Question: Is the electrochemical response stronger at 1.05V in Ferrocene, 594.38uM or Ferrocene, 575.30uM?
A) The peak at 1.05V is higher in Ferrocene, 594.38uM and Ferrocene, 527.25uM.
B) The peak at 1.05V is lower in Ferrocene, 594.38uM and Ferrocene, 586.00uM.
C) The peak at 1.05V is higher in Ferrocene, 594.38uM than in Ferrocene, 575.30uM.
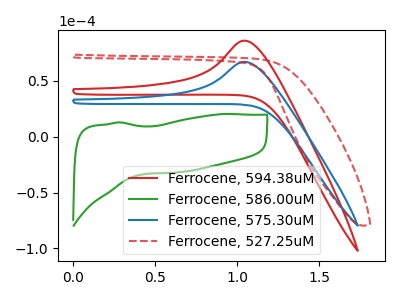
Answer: <think>The red curve "Ferrocene, 594.38uM" has an anodic peak at: (1.05V, 86.10uA). The green curve "Ferrocene, 586.00uM" has no peaks. The blue curve "Ferrocene, 575.30uM" has an anodic peak at: (1.05V, 67.15uA). The red dashed curve "Ferrocene, 527.25uM" has no peaks.</think>
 <answer>C) The peak at 1.05V is higher in "Ferrocene, 594.38uM" than in "Ferrocene, 575.30uM".</answer>
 <eval>C</eval>